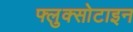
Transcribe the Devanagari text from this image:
फ्लुक्सोटाइन